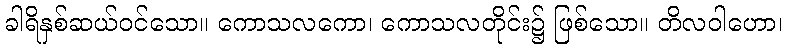
ခါရိနှစ်ဆယ်ဝင်သော။ ကောသလကော၊ ကောသလတိုင်း၌ ဖြစ်သော။ တိလဝါဟော၊